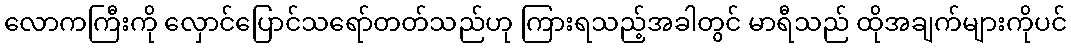
လောကကြီးကို လှောင်ပြောင်သရော်တတ်သည်ဟု ကြားရသည့်အခါတွင် မာရီသည် ထိုအချက်များကိုပင်